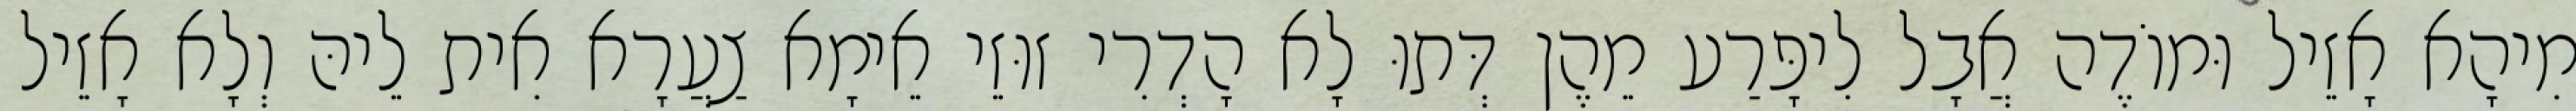
מִיהָא אָזֵיל וּמוֹדֶה אֲבָל לִיפָּרַע מֵהֶן דְּתוּ לָא הָדְרִי זוּזֵי אֵימָא צַעֲרָא אִית לֵיהּ וְלָא אָזֵיל